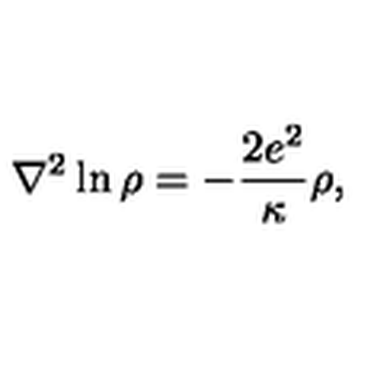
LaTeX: { \nabla } ^ { 2 } \ln \rho = - \frac { 2 e ^ { 2 } } { \kappa } \rho ,